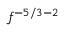
f ^ { - 5 / 3 - 2 }